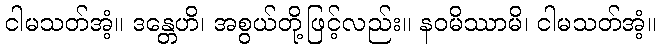
ငါမသတ်အံ့။ ဒန္တေဟိ၊ အစွယ်တို့ဖြင့်လည်း။ နဝမိဿာမိ၊ ငါမသတ်အံ့။